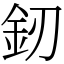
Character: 釰